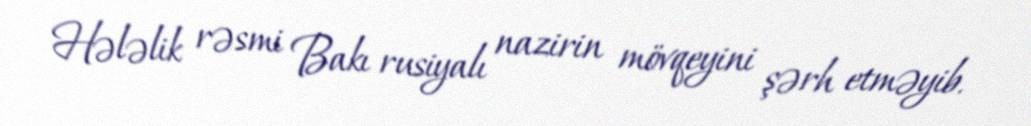
Hələlik rəsmi Bakı rusiyalı nazirin mövqeyini şərh etməyib.